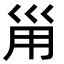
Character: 𡿲